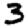
Digit: 3